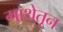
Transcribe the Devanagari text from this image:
गाथेतून